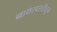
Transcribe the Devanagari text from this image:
नागरवस्तीतून